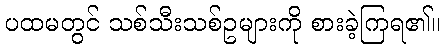
ပထမတွင် သစ်သီးသစ်ဥများကို စားခဲ့ကြရ၏။